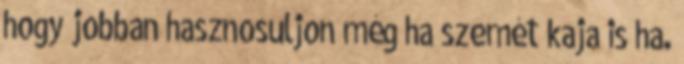
hogy jobban hasznosuljon még ha szemét kaja is ha.